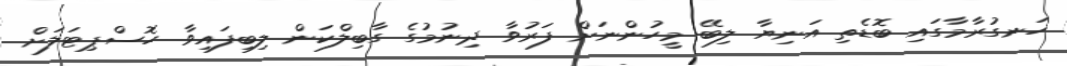
ހަނގުރާމާގައި ބޮޑެތި އަނިޔާ ލިބޭ މީހުންނަށް ފަރުވާ ދިނުމުގެ ގާބިލްކަން ލިބިފައިވާ ހޮސްޕިޓަލަށް